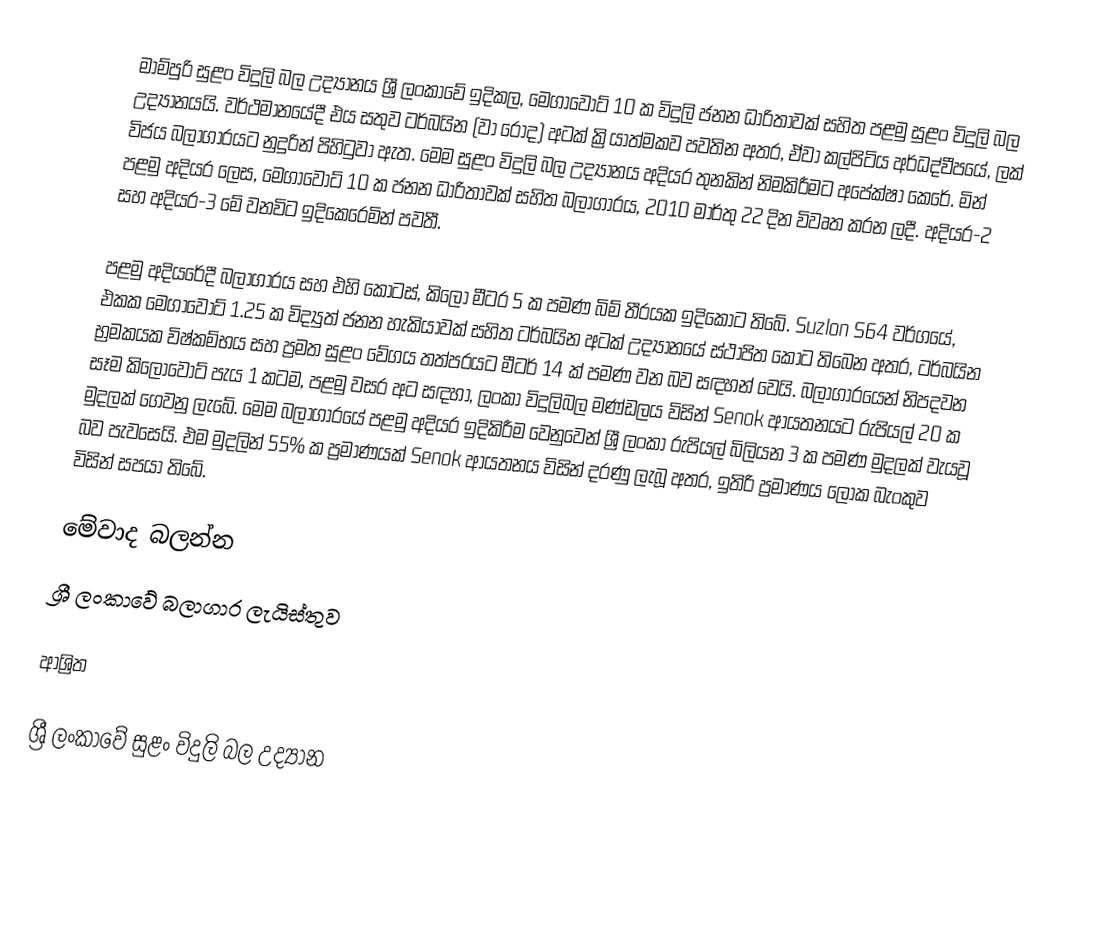
මාම්පුරි සුළං විදුලි බල උද්‍යානය ශ්‍රී ලංකාවේ ඉදිකල, මෙගාවොට් 10 ක විදුලි ජනන ධාරිතාවක් සහිත පළමු සුළං විදුලි බල උද්‍යානයයි. වර්ථමානයේදී එය සතුව ටර්බයින (වා රෝද) අටක් ක්‍රියාත්මකව පවතින අතර, ඒවා කල්පිටිය අර්ධද්වීපයේ, ලක් විජය බලාගාරයට නුදුරින් පිහිටුවා ඇත. මෙම සුළං විදුලි බල උද්‍යානය අදියර තුනකින් නිමකිරීමට අපේක්ෂා කෙරේ. මින් පළමු අදියර ලෙස, මෙගාවොට් 10 ක ජනන ධාරිතාවක් සහිත බලාගාරය, 2010 මාර්තු 22 දින විවෘත කරන ලදී. අදියර-2 සහ අදියර-3 මේ වනවිට ඉදිකෙරෙමින් පවතී.

පළමු අදියරේදී බලාගාරය සහ එහි කොටස්, කිලෝ මීටර 5 ක පමණ බිම් තීරයක ඉදිකොට තිබේ. Suzlon S64 වර්ගයේ, එකක මෙගාවොට් 1.25 ක විද්‍යුත් ජනන හැකියාවක් සහිත ටර්බයින අටක් උද්‍යානයේ ස්ථාපිත කොට තිබෙන අතර, ටර්බයින භ්‍රමකයක විෂ්කම්භය  සහ ප්‍රමත සුළං වේගය තත්පරයට මීටර් 14 ක් පමණ වන බව සඳහන් වෙයි. බලාගාරයෙන් නිපදවන සෑම කිලෝවොට් පැය 1 කටම, පළමු වසර අට සඳහා, ලංකා විදුලිබල මණ්ඩලය විසින් Senok ආයතනයට රුපියල් 20 ක මුදලක් ගෙවනු ලැබේ. මෙම බලාගාරයේ පළමු අදියර ඉදිකිරීම වෙනුවෙන් ශ්‍රී ලංකා රුපියල් බිලියන 3 ක පමණ මුදලක් වැයවූ බව පැවසෙයි. එම මුදලින් 55% ක ප්‍රමාණයක් Senok ආයතනය විසින් දරණු ලැබූ අතර, ඉතිරි ප්‍රමාණය ලෝක බැංකුව විසින් සපයා තිබේ.

මේවාද බලන්න
 ශ්‍රී ලංකාවේ බලාගාර ලැයිස්තුව

ආශ්‍රිත

ශ්‍රී ලංකාවේ සුළං විදුලි බල උද්‍යාන